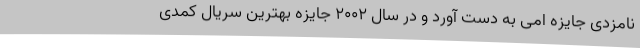
نامزدی جایزه امی به دست آورد و در سال ۲۰۰۲ جایزه بهترین سریال کمدی